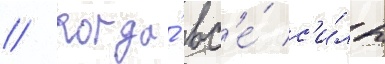
// Когда́ вс'е́ с'и́лы